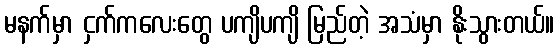
မနက်မှာ ငှက်ကလေးတွေ ပကျိပကျိ မြည်တဲ့ အသံမှာ နိုးသွားတယ်။